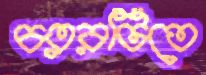
চত্বরটিতে